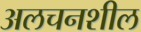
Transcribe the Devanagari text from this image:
अलचनशील